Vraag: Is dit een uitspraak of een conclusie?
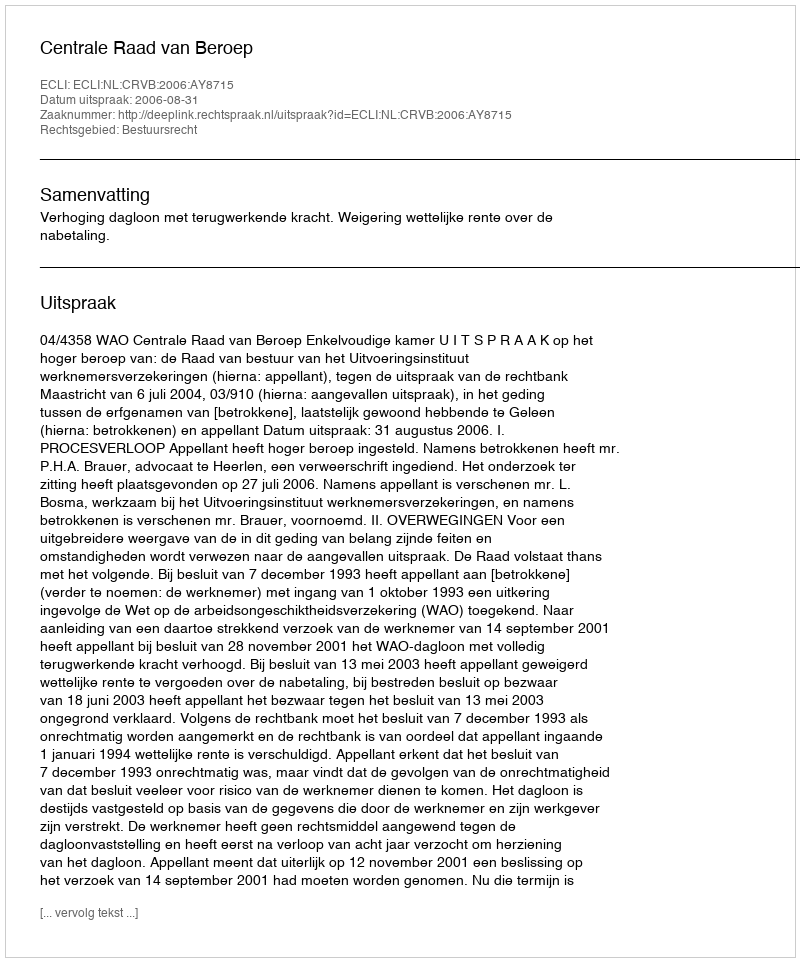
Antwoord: Uitspraak